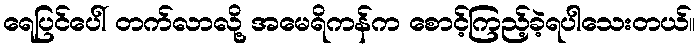
ရေပြင်ပေါ် တက်လာလို့ အမေရိကန်က စောင့်ကြည့်ခဲ့ရပါသေးတယ်။